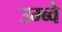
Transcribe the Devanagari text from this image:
उम्ब्वे